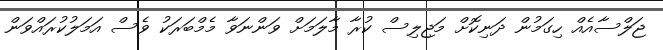
ޖަލްސާއެއް ހިގަމުން ދަނިކޮށް މަޖިލިސް ކުރާ މާލަމަށް ވަންނަވާ މެމްބަރަކު ވެސް އަމަލުކުރައްވަން